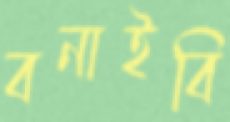
বনাইবি